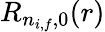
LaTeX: R_{n_{i,f},0}(r)